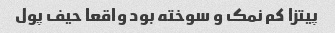
پیتزا کم نمک و سوخته بود واقعا حیف پول